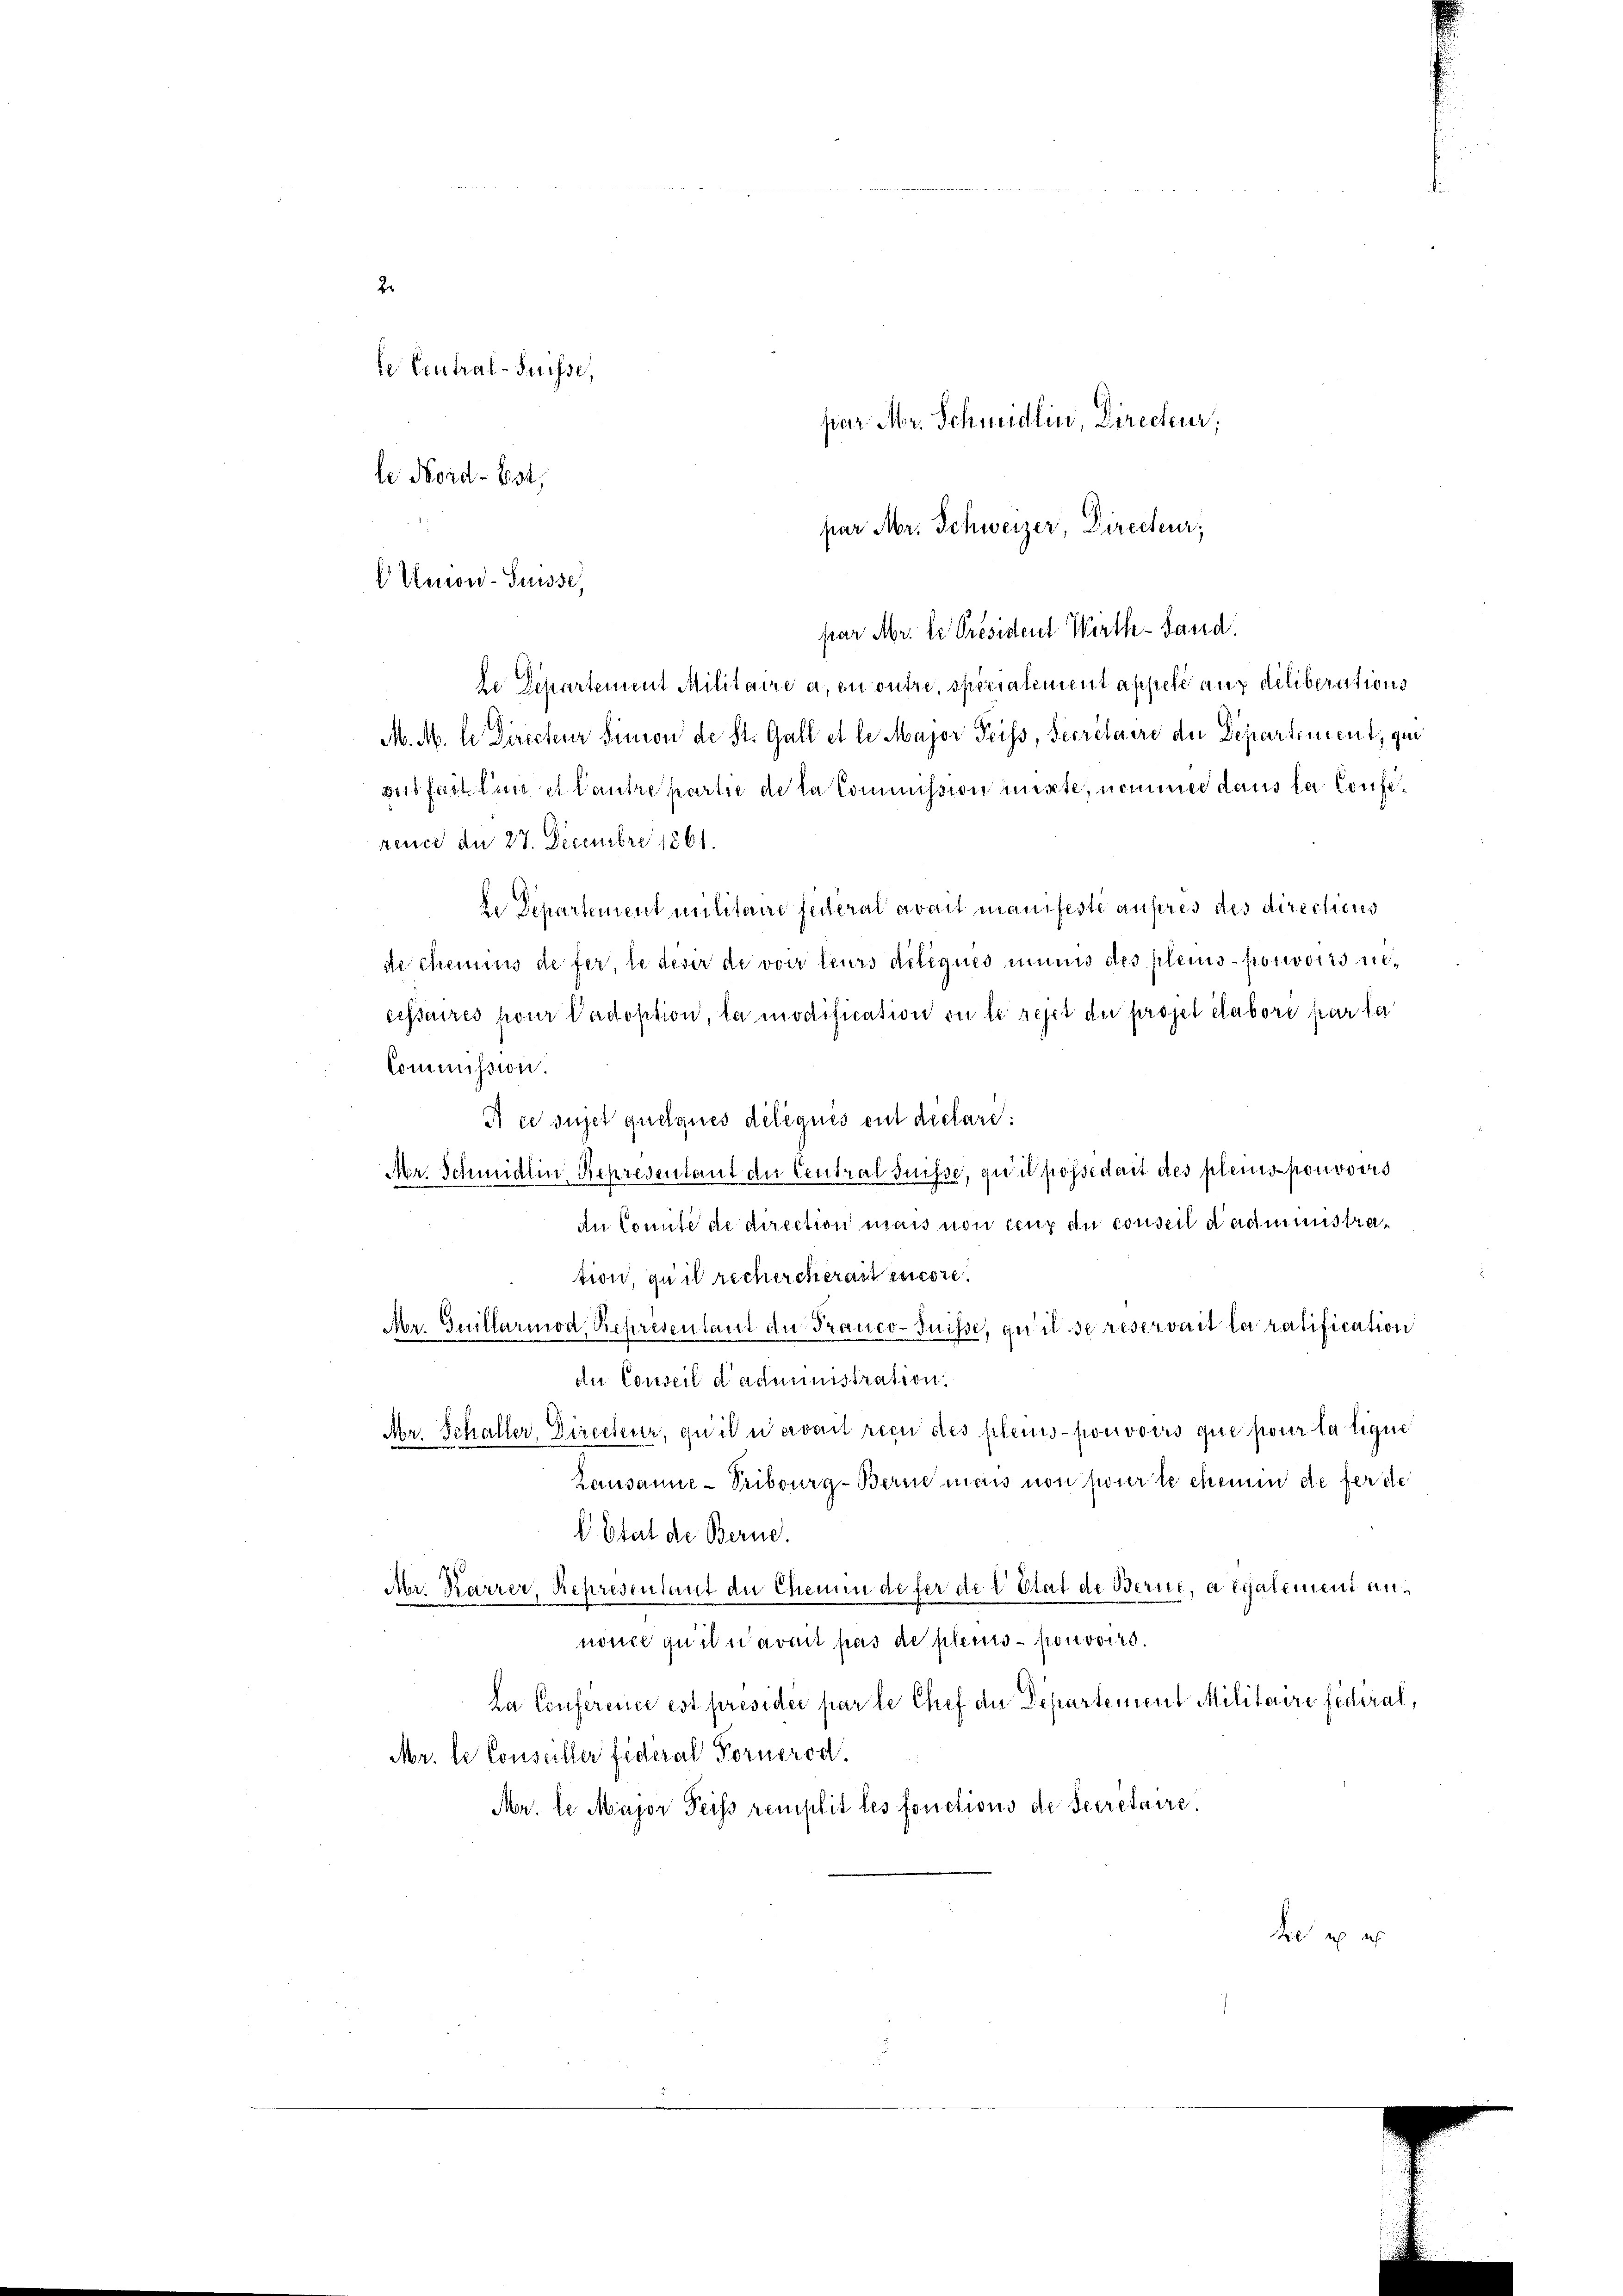
te Central-Suisse,
par Mr. Schmidlin, Directeur,
le Nord-Post,
par Mr. Schweizer, Directeur;
E Union-Suisse
par Mr. le Président Wirth- Sand
de Departement Militaire a en outre, specialement appelé aux diliberations
M. M. le Directeur Simon de St. Gall et le Major Preiss, Secretaire der Departement, qui
gefast line et lantre partie de la Commission mitte, nommer dans la Conference an 27. Decembre 1861.
le Departement militaire fideral avait manifeste ausres des directions
de chemins de fer, le desir de voir leurs deliques minis des plenis pouvoirs unecessaires pour adoption, la modification ou le rejet der projet elabore par la
Commission.
A ce sujet quelques délégués ont déclari
Ar. Schmidlin, Representant der Central Suisse, qu’il possédait des plenis ponovers
du Comité de direction mais non ceux du conseil dadministration, quil rechercherait encore
Nor. Guillarmod, Representant der Pranco-Suisse, qu’il se reservait la ratification
du Conseil d’administration.
Aer. Schaller, Directeur, qu’il avait rien des plenis pouvoirs que pour la lique
Lausanne - Tribourg-Berne mais non pour le chemin de ferde
 Etat de Berne.
Ar. Karrer, Representant der Chemin defer de l. Stat de Berne, a également anninel qui avait pas de plenis pouvoirs.
La Conference est présider par le Chef der Departement Militaire fédéral,
Mr. le Conseiller fideral Fornered
Mr. le Major Feiss remplit les fonctions de Secretaire.

2